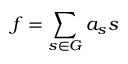
f = \sum _ { s \in G } a _ { s } s